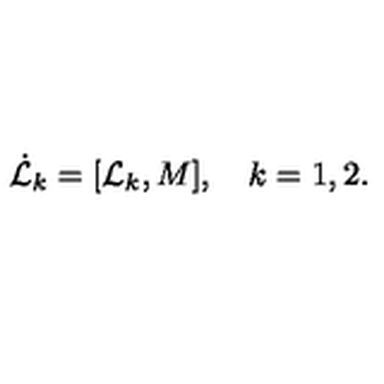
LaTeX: \dot { { \cal L } } _ { k } = [ { \cal L } _ { k } , { M } ] , \quad k = 1 , 2 .